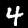
Label: 4